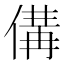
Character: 傋